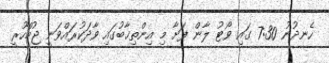
ހެނދުނު 7:30 ގައި ވޯޓު ލާން ފަށާ މި އިންތިޚާބުގައި ވާދަކުރައްވަނީ ޖުމްހޫރީ